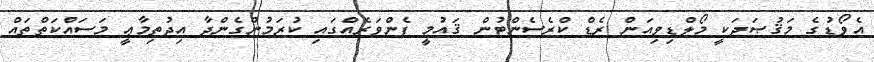
އެވޯޑުގެ މަޤުޞަދަކީ މޯލްޑިވިއަން ރެޑް ކްރެސެންޓުން ޤައުމީ ފެންވަރެއްގައި ކުރަމުންގެންދާ އިޖުތިމާޢީ މަސައްކަތްތައް